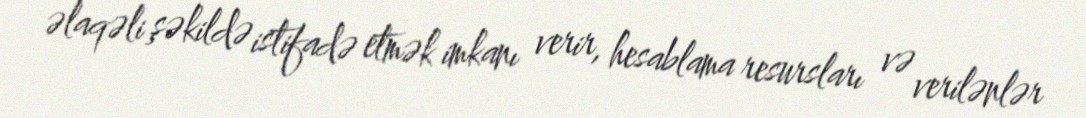
əlaqəli şəkildə istifadə etmək imkanı verir, hesablama resursları və verilənlər